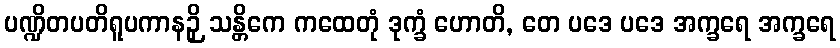
ပဏ္ဍိတပတိရူပကာနဉှိ သန္တိကေ ကထေတုံ ဒုက္ခံ ဟောတိ, တေ ပဒေ ပဒေ အက္ခရေ အက္ခရေ